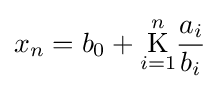
x_{n}=b_{0}+{\underset {i=1}{\overset {n}{\operatorname {K} }}}{\frac {a_{i}}{b_{i}}}